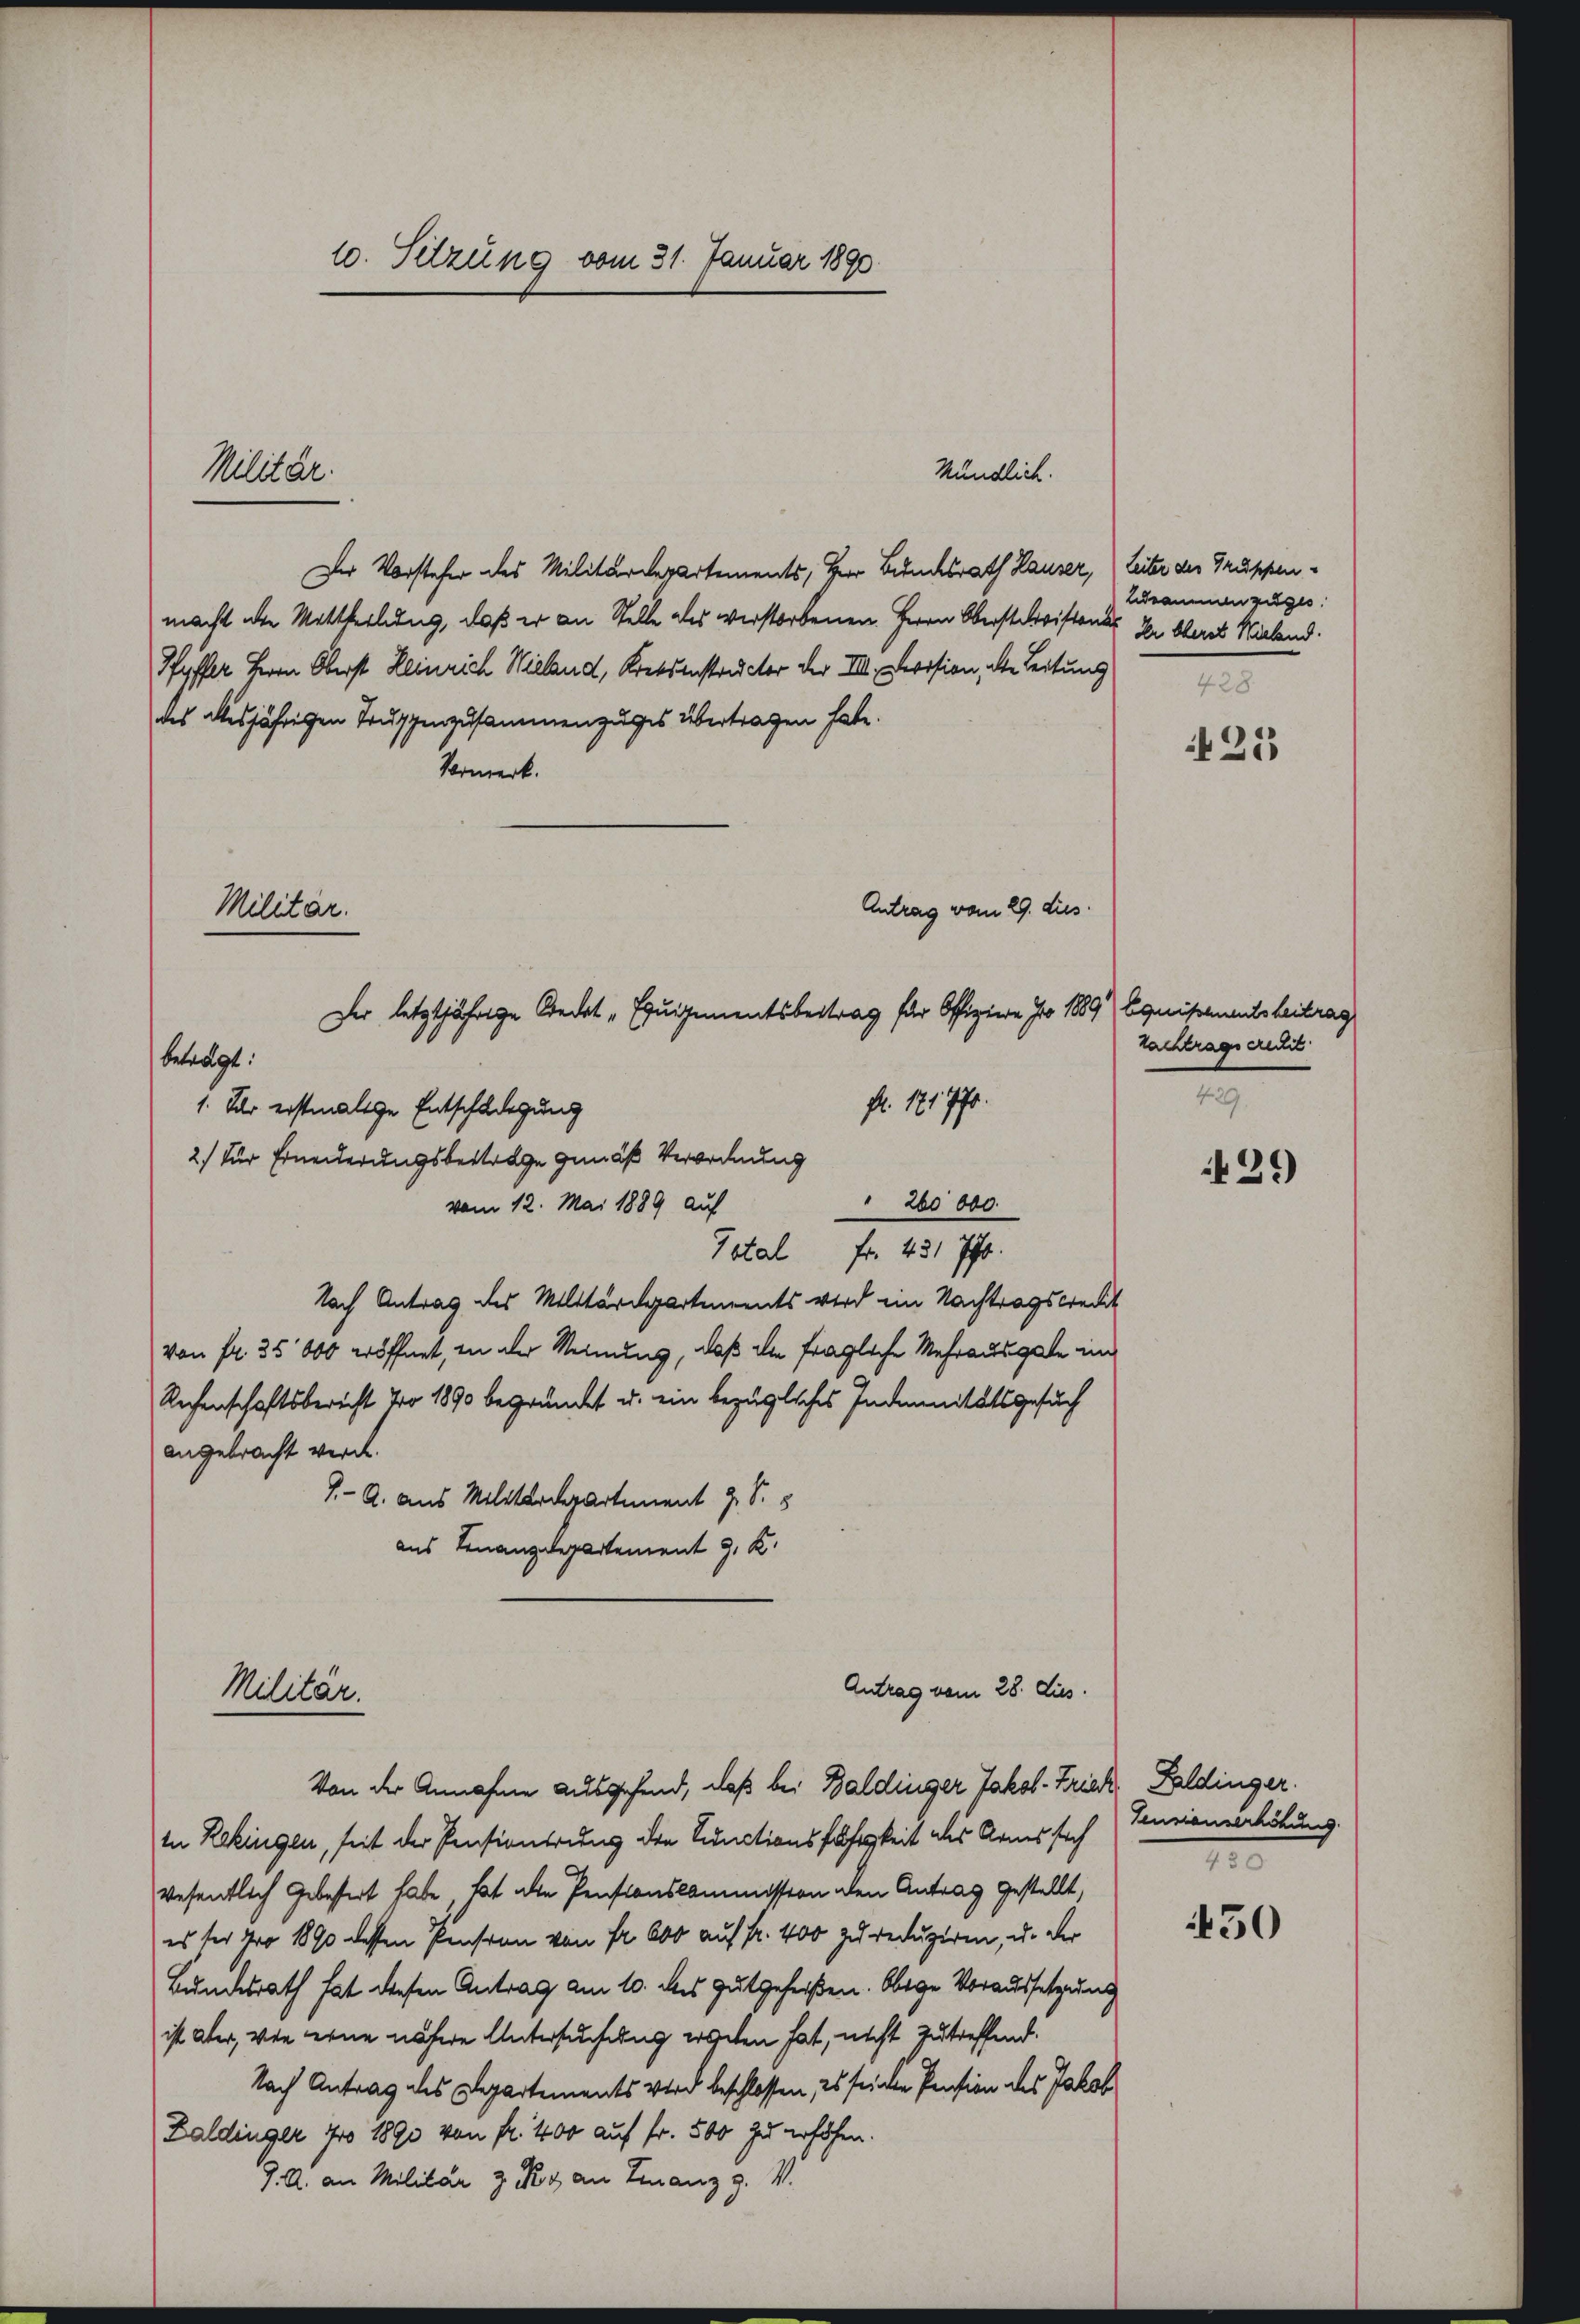
10. Setzung vom 31. Januar 1890.

Mündlich.
Der Vorsteher des Militärdepartements, Herr Besuchsrath Hauser, Leiter des Gruppenmacht die Mittheilung, daß er an Stelle als verstorbenen Herrn Obersteristens
Pfyffer Herrn Oberst Heinrich Wieland, Kreisenstructer der VIII. Devision, die Leitung
des allesjährigen Truppenzusammenzuges übertragen habe.
Vormerk.
Antrag vom 29. dus.
fl. 171771.
" 260 000.
vom 12. Mai 1889 auf
Total fr. 431 ff.
Nach Antrag des Militärdepartements wird ein Nachtragskredit
von fr. 35 000 eröffnet, in der Meinung, daß die fragliche Mehrausgabe im
Rechenschaftsbericht No 1890 begründet u. ein bezügliches Indemnitätsgesuch
angebracht werde.
7- A. aus Militärdepartement J. S. 5
aus Finanzdepartement 9. K.
Antrag vom 28. Jus
Militär.

Militär.

Militär.
Der letztjährige Credat „Equipementsbeitrag für Offiziere Jo 189) Equipementsbeitrag
beträgt.
1. Der erstmalige Entschädigung
2.) Zur Erneuerungsbestrage gemäß Verordnung

Bdsammenzuges
Der Oberst Wieland.
428.

Von der Annahme ausgehend, daß bei Baldinger Jakob Triak, Feldinger
In Rekingen, seit der Pensionerung den Punctionsfähigkeit des Arms sich Touriennerhöhung.
wesentlich gebessert habe, hat alle Pensionskommission den Antrag gestellt,
es der pro 1890 dessen Pensinn von Fr. 600 auf Fr. 400 zu reduziren, u. der
Bundesrath hat diesen Antrag am 10. des gutgeheißen. Oberge Voraussetzung
ist aber, wie eine nähere Untersuchung ergeben hat, nicht zutreffend.
Nach Antrag des Departements wird beschlossen, es sei den Pension des Jakob
Zaldinger 700 1890 von fr. 400 auf fr. 500 zu erhöhen.
J. A. an Militar z. R. an Finanz g. V.

425

Nachtragsrecht.
429.

29

7

450